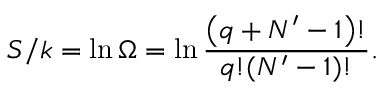
S / k = \ln \Omega = \ln { \frac { \left( q + N ^ { \prime } - 1 \right) ! } { q ! ( N ^ { \prime } - 1 ) ! } } .